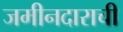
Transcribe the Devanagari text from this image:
जमीनदाराची